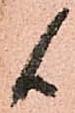
候